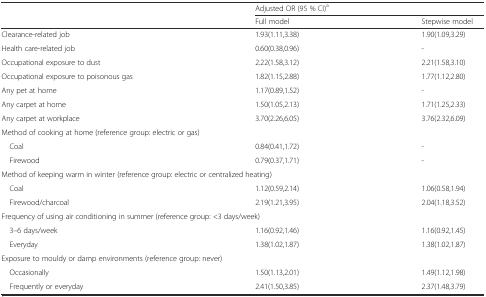
|  | <COLSPAN=2> Adjusted OR (95 % CI)a |
 |  | Full model | Stepwise model |
 | --- | --- | --- |
 | Clearance-related job | 1.93(1.11,3.38) | 1.90(1.09,3.29) |
 | Health care-related job | 0.60(0.38,0.96) | - |
 | Occupational exposure to dust | 2.22(1.58,3.12) | 2.21(1.58,3.10) |
 | Occupational exposure to poisonous gas | 1.82(1.15,2.88) | 1.77(1.12,2.80) |
 | Any pet at home | 1.17(0.89,1.52) | - |
 | Any carpet at home | 1.50(1.05,2.13) | 1.71(1.25,2.33) |
 | Any carpet at workplace | 3.70(2.26,6.05) | 3.76(2.32,6.09) |
 | <COLSPAN=2> Method of cooking at home (reference group: electric or gas) |  |
 | Coal | 0.84(0.41,1.72) | - |
 | Firewood | 0.79(0.37,1.71) | - |
 | <COLSPAN=3> Method of keeping warm in winter (reference group: electric or centralized heating) |
 | Coal | 1.12(0.59,2.14) | 1.06(0.58,1.94) |
 | Firewood/charcoal | 2.19(1.21,3.95) | 2.04(1.18,3.52) |
 | <COLSPAN=3> Frequency of using air conditioning in summer (reference group: <3 days/week) |
 | 3–6 days/week | 1.16(0.92,1.46) | 1.16(0.92,1.45) |
 | Everyday | 1.38(1.02,1.87) | 1.38(1.02,1.87) |
 | <COLSPAN=3> Exposure to mouldy or damp environments (reference group: never) |
 | Occasionally | 1.50(1.13,2.01) | 1.49(1.12,1.98) |
 | Frequently or everyday | 2.41(1.50,3.85) | 2.37(1.48,3.79) |